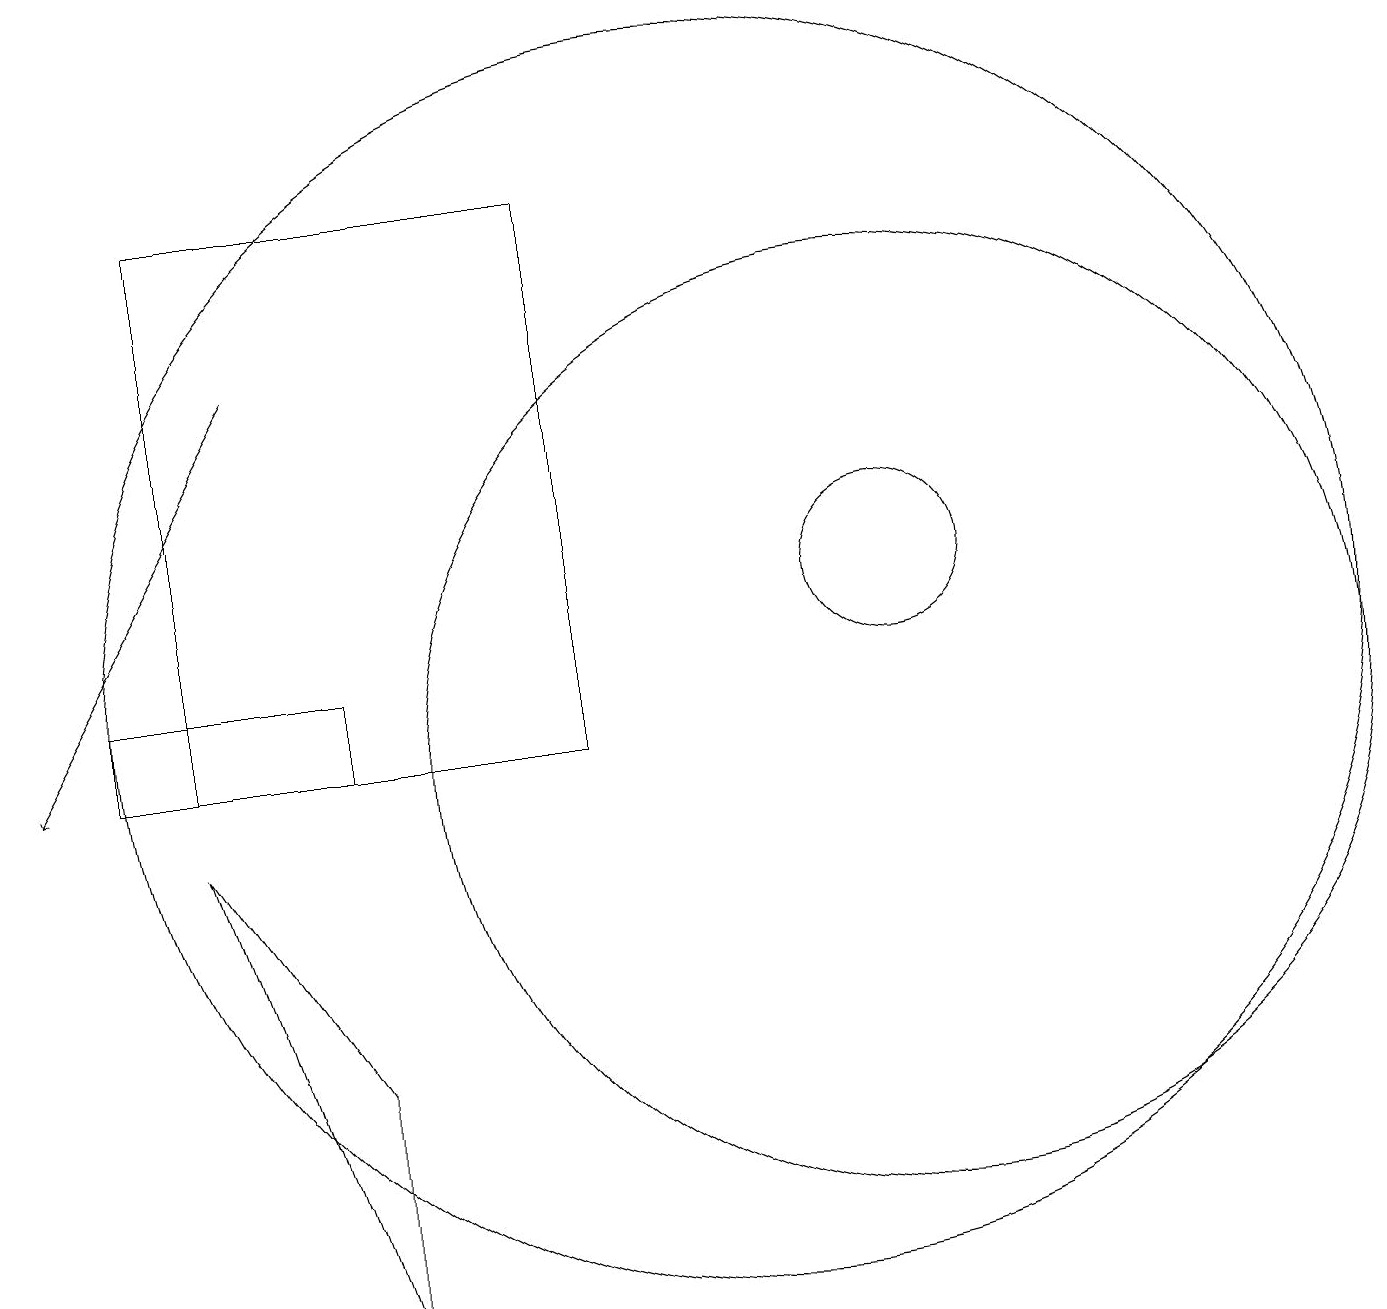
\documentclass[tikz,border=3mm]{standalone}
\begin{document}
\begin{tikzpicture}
\draw (12,12) circle (1);
\draw (3,17) rectangle (8,10);
\draw (2,11) rectangle (5,10);
\draw[->] (4,15) -- (1,10);
\draw (10,11) circle (8);
\draw (5,6) -- (3,9) -- (5,3) -- cycle;
\draw (12,10) circle (6);
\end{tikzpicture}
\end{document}